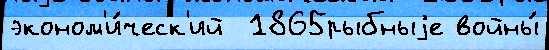
эконом'и́ческ'ий  1865рыбныjе войны́